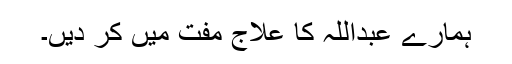
ہمارے عبداللہ کا علاج مفت میں کر دیں۔